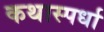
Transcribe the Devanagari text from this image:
कथास्पर्धा